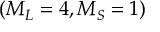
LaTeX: ( M _ { L } = 4 , M _ { S } = 1 )